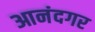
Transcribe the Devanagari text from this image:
आनंदगर